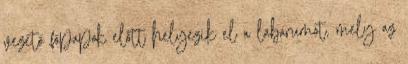
vezető főpapok előtt helyezik el a labarumot, mely az